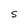
Character: S